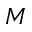
M